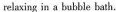
reiaxing in a bubble hat h.